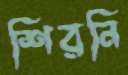
শিরনি